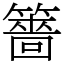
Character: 䉢